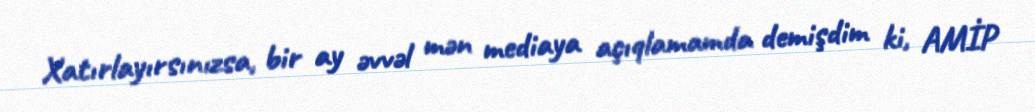
Xatırlayırsınızsa, bir ay əvvəl mən mediaya açıqlamamda demişdim ki, AMİP